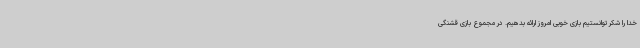
خدا را شکر توانستیم بازی خوبی امروز ارائه بدهیم. در مجموع بازی قشنگی